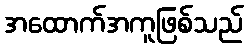
အထောက်အကူဖြစ်သည်